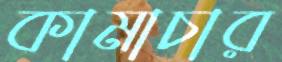
কামাচার